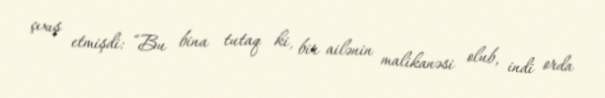
çıxış etmişdi: “Bu bina tutaq ki, bir ailənin malikanəsi olub, indi orda